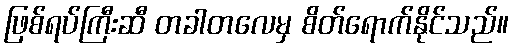
ဖြစ်ရပ်ကြီးဆီ တခါတလေမှ စိတ်ရောက်နိုင်သည်။